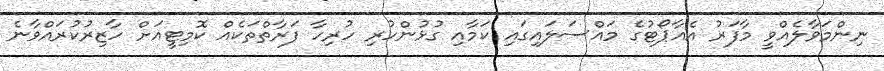
ނިންމަވާލެއްވީ މާފަރު އެއާޕޯޓުގެ މައްސަލައިގައި ކަމާއި ގުޅުންހުރި ހުރިހާ ފަރާތްތަކެއް ކޮމިޓީއަށް ހާޒިރުކުރައްވާނެ